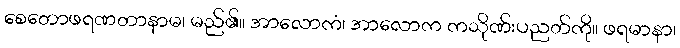
စေတောဖရဏတာနာမ၊ မည်၏။ အာလောကံ၊ အာလောက ကသိုဏ်းပညတ်ကို။ ဖရမာနာ၊